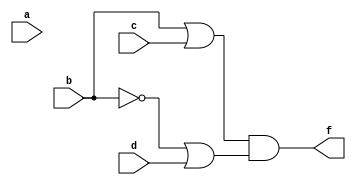
module prog2_1(a,b,c,d,f);
input a,b,c,d;
output f;
assign f = (b|c)&(~b|d);
endmodule